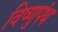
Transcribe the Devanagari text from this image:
विष्णुपंथ